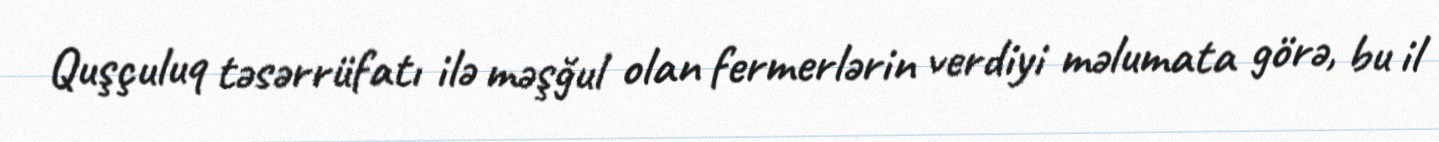
Quşçuluq təsərrüfatı ilə məşğul olan fermerlərin verdiyi məlumata görə, bu il